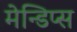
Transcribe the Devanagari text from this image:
मेन्डिप्स